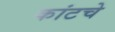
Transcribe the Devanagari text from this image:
कांटचे